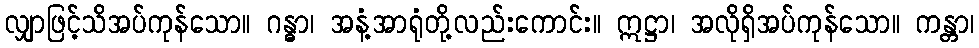
လျှာဖြင့်သိအပ်ကုန်သော။ ဂန္ဓာ၊ အနံ့အာရုံတို့လည်းကောင်း။ ဣဋ္ဌာ၊ အလိုရှိအပ်ကုန်သော။ ကန္တာ၊